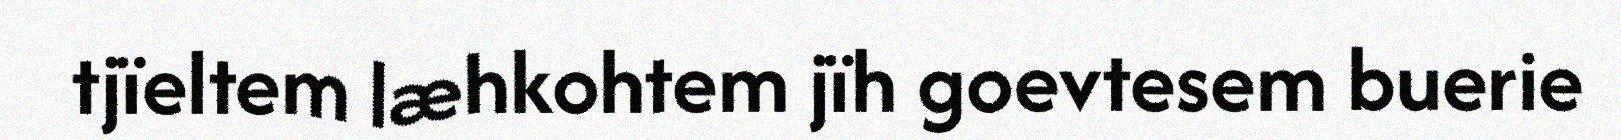
tjïeltem læhkohtem jïh goevtesem buerie